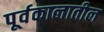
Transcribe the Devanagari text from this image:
पूर्वकालातील